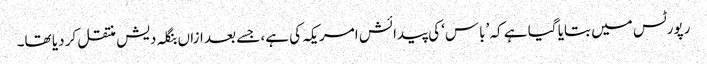
رپورٹس میں بتایا گیا ہے کہ ’باس‘ کی پیدائش امریکہ کی ہے، جسے بعد ازاں بنگلہ دیش منتقل کر دیا تھا۔